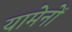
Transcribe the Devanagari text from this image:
यामेनों